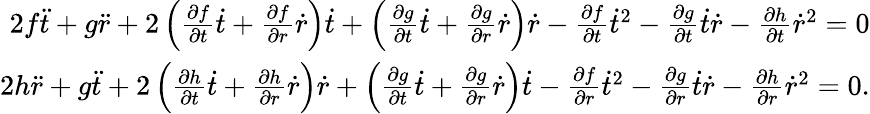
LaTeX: \begin{array}{r}{2f\ddot{t}+g\ddot{r}+2\left(\frac{\partial f}{\partial t}\dot{t}+\frac{\partial f}{\partial r}\dot{r}\right)\dot{t}+\left(\frac{\partial g}{\partial t}\dot{t}+\frac{\partial g}{\partial r}\dot{r}\right)\dot{r}-\frac{\partial f}{\partial t}\dot{t}^{2}-\frac{\partial g}{\partial t}\dot{t}\dot{r}-\frac{\partial h}{\partial t}\dot{r}^{2}=0}\\ {2h\ddot{r}+g\ddot{t}+2\left(\frac{\partial h}{\partial t}\dot{t}+\frac{\partial h}{\partial r}\dot{r}\right)\dot{r}+\left(\frac{\partial g}{\partial t}\dot{t}+\frac{\partial g}{\partial r}\dot{r}\right)\dot{t}-\frac{\partial f}{\partial r}\dot{t}^{2}-\frac{\partial g}{\partial r}\dot{t}\dot{r}-\frac{\partial h}{\partial r}\dot{r}^{2}=0.}\end{array}